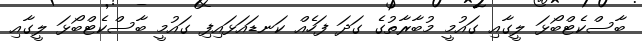
ބާސްކެޓްބޯޅަ ލީގާއި ގައުމީ މުބާރާތުގެ ގަދަ ފަހެއް ކަނޑައަޅައިފި ގައުމީ ބާސްކެޓްބޯޅަ ލީގާއި